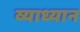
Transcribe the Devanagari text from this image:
व्याध्यान